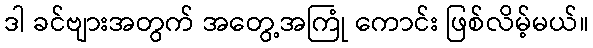
ဒါ ခင်ဗျားအတွက် အတွေ့အကြုံ ကောင်း ဖြစ်လိမ့်မယ်။